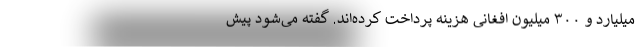
میلیارد و ۳۰۰ میلیون افغانی هزینه پرداخت کرده‌اند. گفته می‌شود پیش